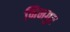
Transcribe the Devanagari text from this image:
निनगुर